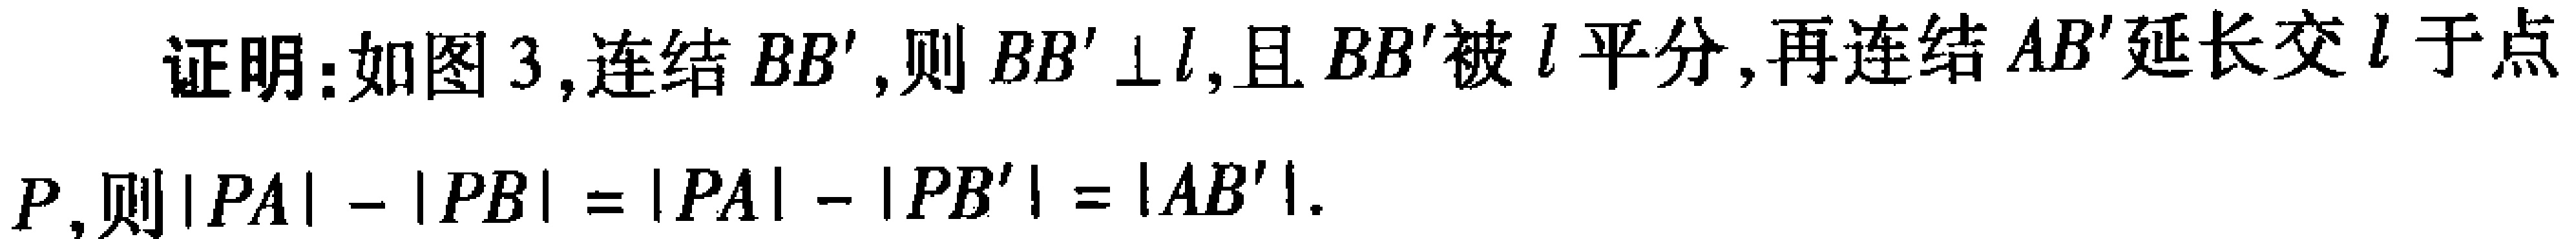
证明：如图3, 连结 \(BB'\), 则 \(BB'\perp l\), 且 \(BB'\)被 \(l\)平分, 再连结 \(AB'\)延长交 \(l\)于点\(P\), 则\(\vert PA\vert - \vert PB\vert = \vert PA\vert - \vert PB'\vert = \vert AB'\vert\).